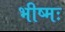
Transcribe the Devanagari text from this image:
भीष्मः